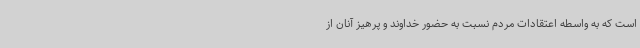
است که به واسطه اعتقادات مردم نسبت به حضور خداوند و پرهیز آنان از